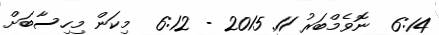
6:14  ނޮވެމްބަރު 11